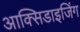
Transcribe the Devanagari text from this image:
आक्सिडाइजिंग